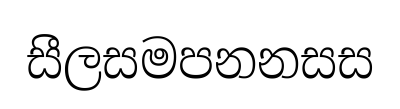
සීලසමපනනසස